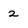
Character: 2